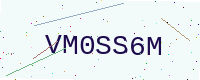
Text: VM0SS6M